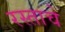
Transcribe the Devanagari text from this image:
रस्ताचे